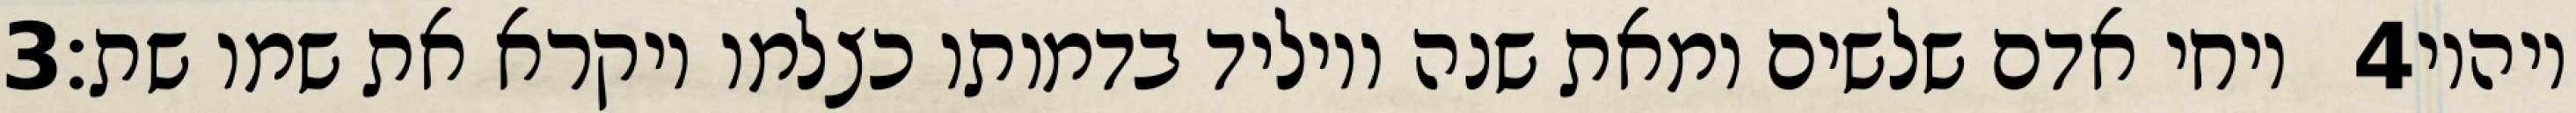
‎3‏ ויחי אדם שלשים ומאת שנה ויוליד בדמותו כצלמו ויקרא את שמו שת׃ ‎4‏ ויהיו